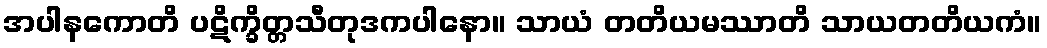
အပါနကောတိ ပဋိက္ခိတ္တသီတုဒကပါနော။ သာယံ တတိယမဿာတိ သာယတတိယကံ။